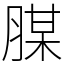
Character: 腜